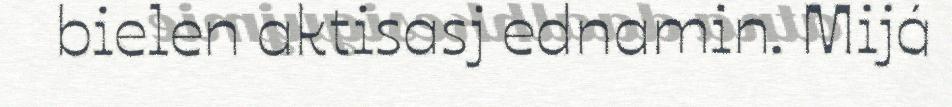
bielen aktisasj ednamin. Mijá